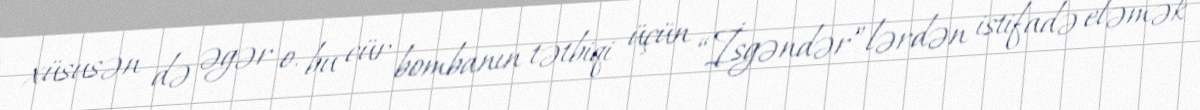
xüsusən də əgər o, bu cür bombanın tətbiqi üçün “İsgəndər”lərdən istifadə eləmək